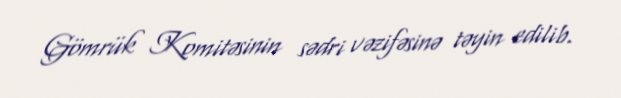
Gömrük Komitəsinin sədri vəzifəsinə təyin edilib.